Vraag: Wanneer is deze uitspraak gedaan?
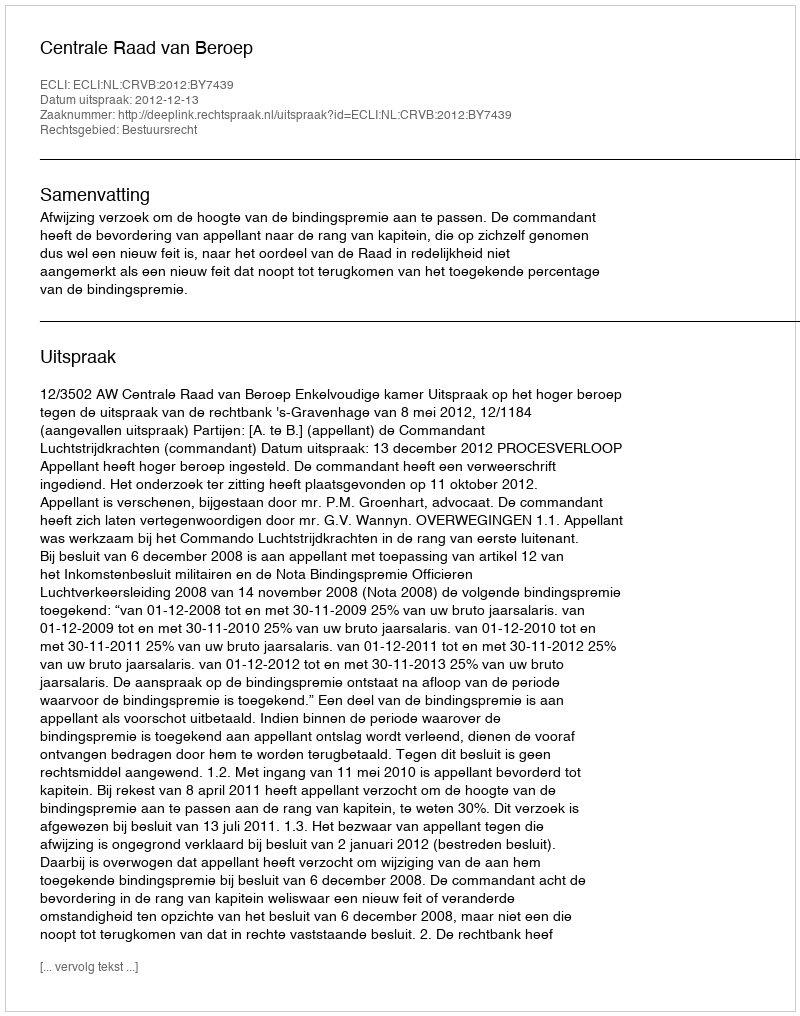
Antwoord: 2012-12-13